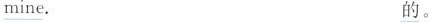
\underline{mine}. \underline{的}。